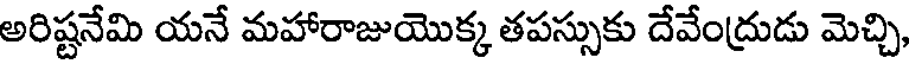
అరిష్టనేమి యనే మహారాజుయొక్క తపస్సుకు దేవేంద్రుడు మెచ్చి,